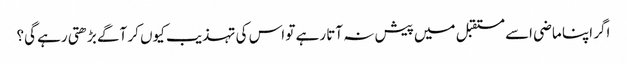
اگر اپنا ماضی اسے مستقبل میں پیش نہ آتا رہے تو اس کی تہذیب کیوں کر آگے بڑھتی رہے گی؟